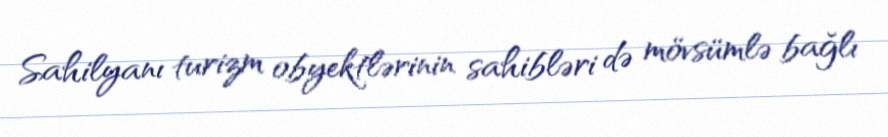
Sahilyanı turizm obyektlərinin sahibləri də mövsümlə bağlı